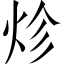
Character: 𤇪